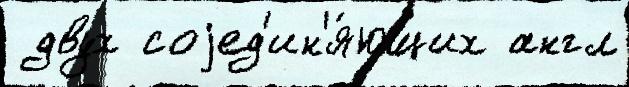
 двух соjед'ин'я́ющих англ